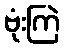
ဗုံးကြဲ